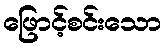
ဖြောင့်စင်းသော